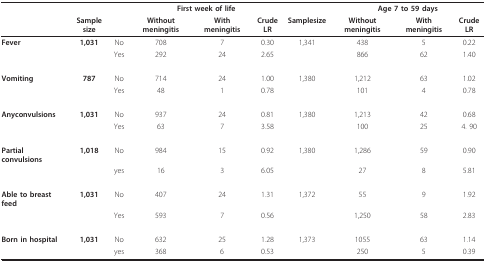
<table><thead><tr><td></td><td></td><td></td><td colspan="3"><b>First week of life</b></td><td></td><td colspan="3"><b>Age 7 to 59 days</b></td></tr><tr><td></td><td><b>Sample size</b></td><td></td><td><b>Without meningitis</b></td><td><b>With meningitis</b></td><td><b>Crude LR</b></td><td><b>Samplesize</b></td><td><b>Without meningitis</b></td><td><b>With meningitis</b></td><td><b>Crude LR</b></td></tr></thead><tbody><tr><td><b>Fever</b></td><td><b>1,031</b></td><td>No</td><td>708</td><td>7</td><td>0.30</td><td>1,341</td><td>438</td><td>5</td><td>0.22</td></tr><tr><td></td><td></td><td>Yes</td><td>292</td><td>24</td><td>2.65</td><td></td><td>866</td><td>62</td><td>1.40</td></tr><tr><td><b>Vomiting</b></td><td><b>787</b></td><td>No</td><td>714</td><td>24</td><td>1.00</td><td>1,380</td><td>1,212</td><td>63</td><td>1.02</td></tr><tr><td></td><td></td><td>Yes</td><td>48</td><td>1</td><td>0.78</td><td></td><td>101</td><td>4</td><td>0.78</td></tr><tr><td><b>Anyconvulsions</b></td><td><b>1,031</b></td><td>No</td><td>937</td><td>24</td><td>0.81</td><td>1,380</td><td>1,213</td><td>42</td><td>0.68</td></tr><tr><td></td><td></td><td>Yes</td><td>63</td><td>7</td><td>3.58</td><td></td><td>100</td><td>25</td><td>4. 90</td></tr><tr><td><b>Partial convulsions</b></td><td><b>1,018</b></td><td>No</td><td>984</td><td>15</td><td>0.92</td><td>1,380</td><td>1,286</td><td>59</td><td>0.90</td></tr><tr><td></td><td></td><td>yes</td><td>16</td><td>3</td><td>6.05</td><td></td><td>27</td><td>8</td><td>5.81</td></tr><tr><td><b>Able to breast feed</b></td><td><b>1,031</b></td><td>No</td><td>407</td><td>24</td><td>1.31</td><td>1,372</td><td>55</td><td>9</td><td>1.92</td></tr><tr><td></td><td></td><td>Yes</td><td>593</td><td>7</td><td>0.56</td><td></td><td>1,250</td><td>58</td><td>2.83</td></tr><tr><td><b>Born in hospital</b></td><td><b>1,031</b></td><td>No</td><td>632</td><td>25</td><td>1.28</td><td>1,373</td><td>1055</td><td>63</td><td>1.14</td></tr><tr><td></td><td></td><td>yes</td><td>368</td><td>6</td><td>0.53</td><td></td><td>250</td><td>5</td><td>0.39</td></tr></tbody></table>